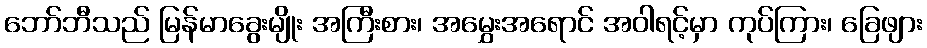
ဘော်ဘီသည် မြန်မာခွေးမျိုး အကြီးစား၊ အမွှေးအရောင် အဝါရင့်မှာ ကုပ်ကြား၊ ခြေဖျား